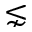
\lnsim